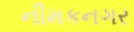
નીમકનગર